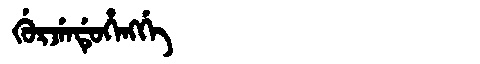
Manchu: ᡤᡠᡵᠵᡝᠨᡩᡠᡥᡝᠩᡤᡝ
Romanization: GURJENDUHENGGE